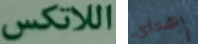
اللاتكس إهدأي